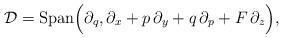
LaTeX: \begin{align*} {\mathcal D}={\rm Span}\Big(\partial_q,\partial_x+p\,\partial_y+q\,\partial_p+F\,\partial_z\Big),\end{align*}